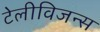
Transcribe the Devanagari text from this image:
टेलीविजन्स